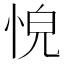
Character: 𢚋